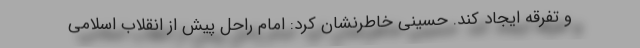
و تفرقه ایجاد کند. حسینی خاطرنشان کرد: امام راحل پیش از انقلاب اسلامی